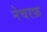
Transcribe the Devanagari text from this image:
नेचरफ़